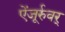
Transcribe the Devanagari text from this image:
ऐंजूर्रुवर्